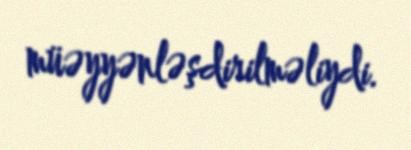
müəyyənləşdirilməliydi.